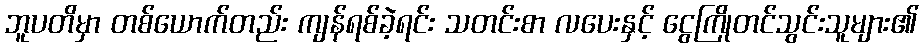
ဘူပတိမှာ တစ်ယောက်တည်း ကျန်ရစ်ခဲ့ရင်း သတင်းစာ လပေးနှင့် ငွေကြိုတင်သွင်းသူများ၏